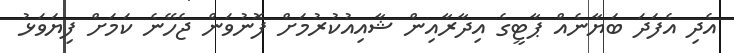
އެދި އެފަދަ ބަޔާނެއް ޕާޓީގެ އިދާރާއިން ޝާއިއުކުރުމަށް ފޮނުވަން ޖެހޭނެ ކަމަށް ފިޔަވަޅު